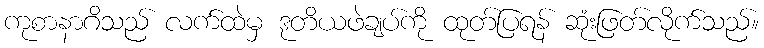
ကုစာနာဂိသည် လက်ထဲမှ ဒုတိယဖဲချပ်ကို ထုတ်ပြရန် ဆုံးဖြတ်လိုက်သည်။